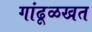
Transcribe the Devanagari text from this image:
गांढूळखत